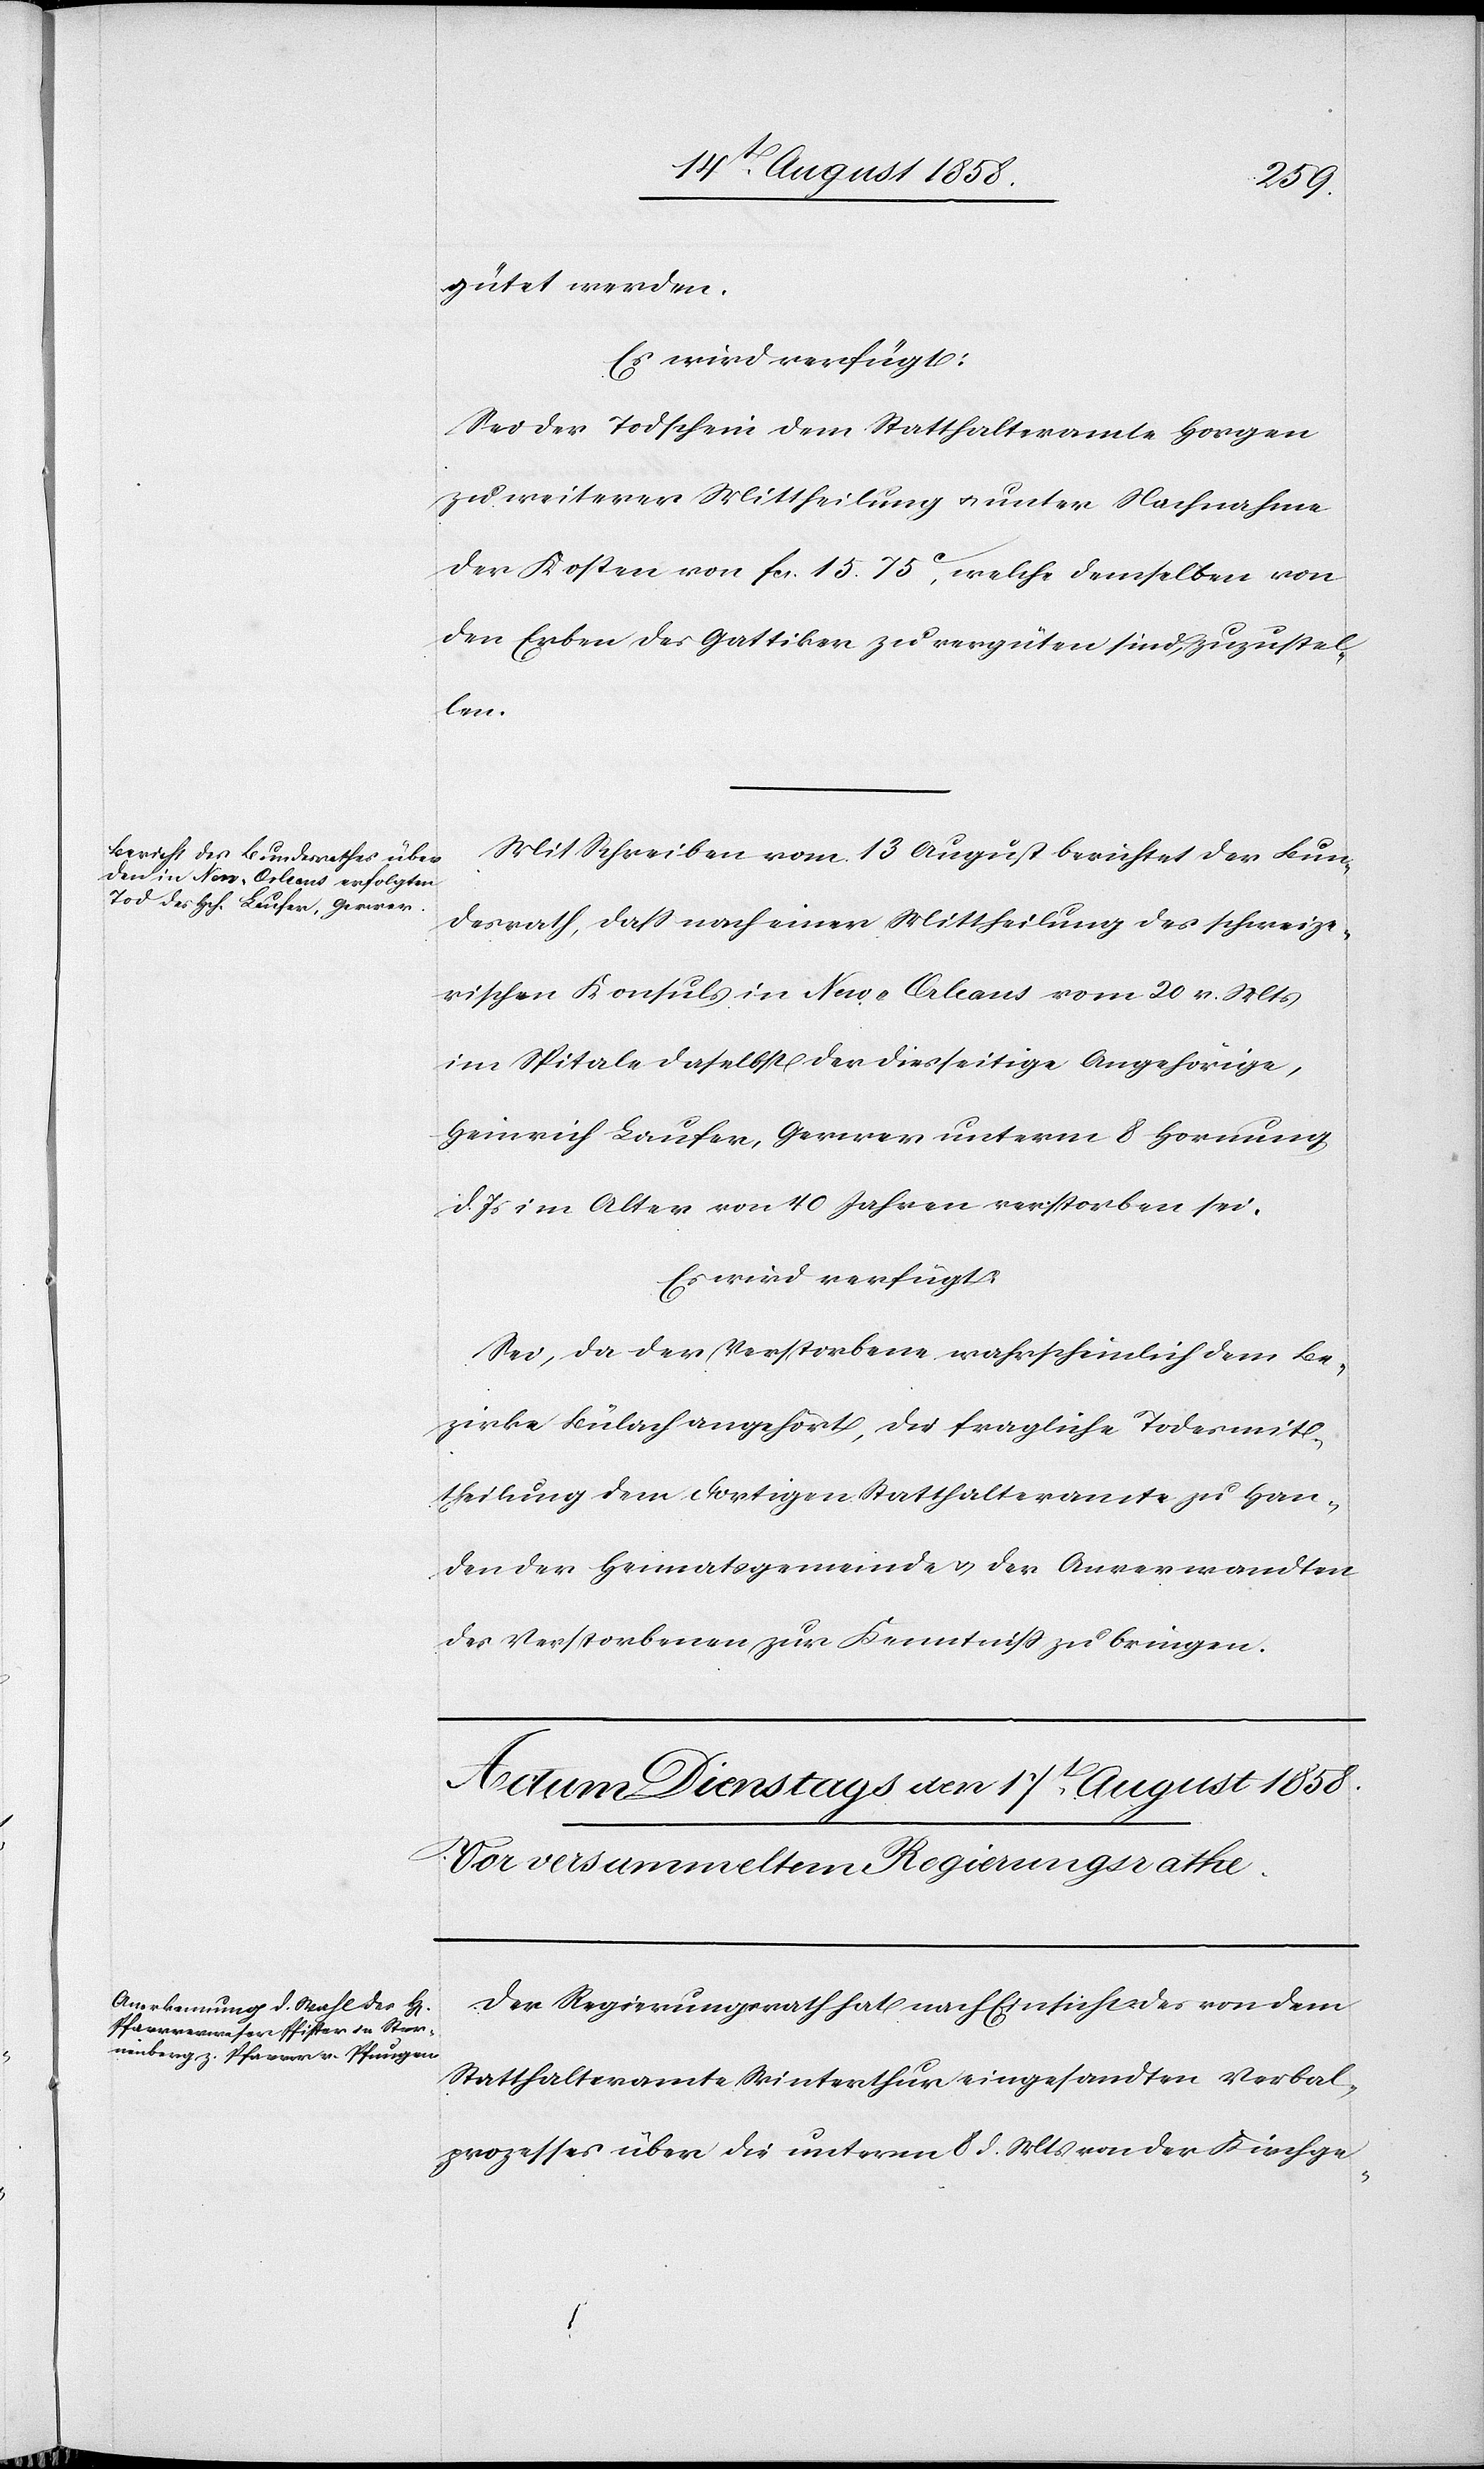
16t August 1858.]
gütet werden.
Es wird verfügt:
Sei der Todschein dem Statthalteramte Horgen
zu weiterer Mittheilung & unter Nachnahme
der Kosten von fcs. 15. 75C, welche demselben von
den Erben des Gattiker zu vergüten sind, zuzustel¬
len.
Mit Schreiben vom 13 August berichtet der Bun¬
desrath, dass nach einer Mittheilung des schweize¬
rischen Konsuls in New-Orleans vom 20 v. Mts
im Spitale daselbst der diesseitige Angehörige,
Heinrich Laufer, Gerwer unterm 8 Hornung
d. Js im Alter von 40 Jahren verstorben sei.
Es wird verfügt:
Sei, da der Verstorbene wahrscheinlich dem Be¬
zirke Bülach angehört, die fragliche Todesmit¬
theilung dem dortigen Statthalteramte zu Han¬
den der Heimatsgemeinde & der Anverwandten
des Verstorbenen zur Kenntniss zu bringen.
Der Regierungsrath hat nach Einsicht des von dem
Statthalteramte Winterthur eingesandten Verbal¬
prozesses über die unterm 8 d. Mts von der Kirchge-